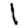
Digit: 1